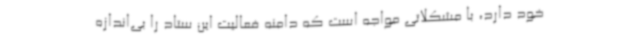
خود دارد، با مشکلاتی مواجه است که دامنه فعالیت این ستاد را بی‌اندازه